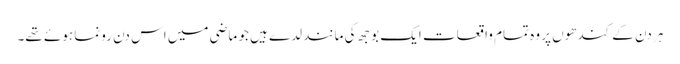
ہر دن کے کندھوں پر وہ تمام واقعات ایک بوجھ کی مانند لدے ہیں جو ماضی میں اس دن رونما ہوئے تھے۔